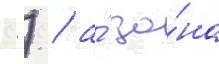
С.) / а́ зо́на